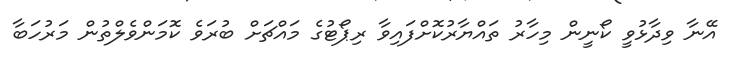
އޭނާ ވިދާޅުވީ ކޯނީން މިހާރު ތައްޔާރުކޮށްފައިވާ ރިޕޯޓުގެ މައްޗަށް ބުރަވެ ކޮމަންވެލްތުން މަރުހަބާ